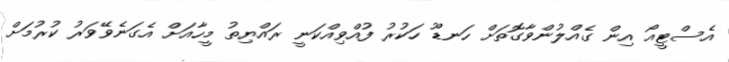
އެސްޓީއޯ އިން ގެއްލުންވާގޮތަށް ހަނޑޫ ހަކުރު ފުއްވިއްކަނީ ރައްޔިތު މީހާއަށް އެގަނެވޭވަރު ކުރުމަށް